Annual administration and progress report of the Indian Medical Department, Bombay
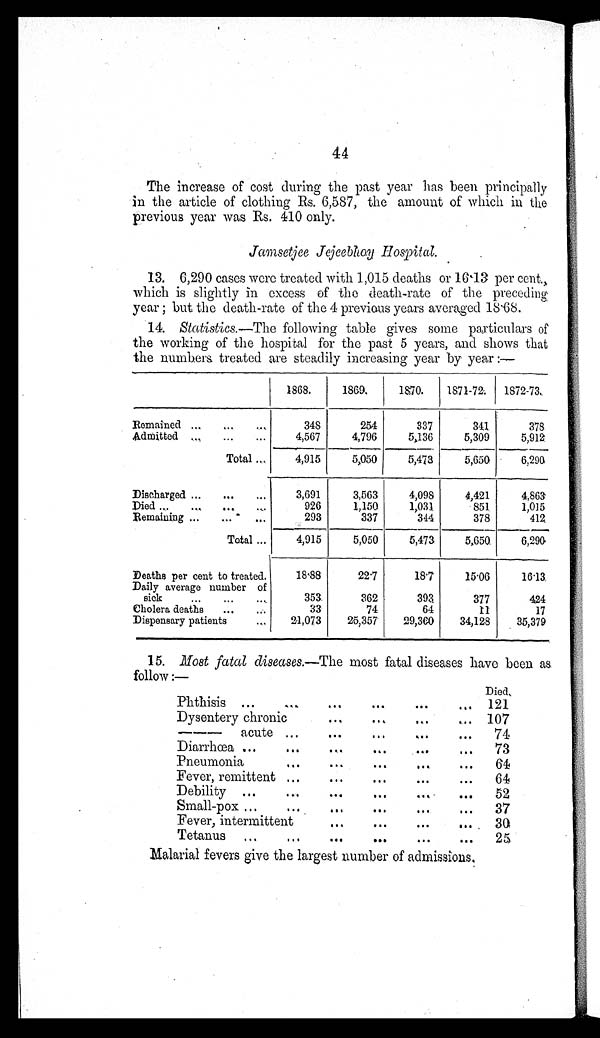
44
The increase of cost during the past year has been principally
in the article of clothing Rs. 6,587, the amount of which in
previous year was Rs. 410 only.
Jamsetjee Jejeebhoy Hospital.
13. 6,290 cases were treated with 1,015 deaths or 16.13 per cent.,
which is slightly in excess of the death-rate of the preceding
year; but the death-rate of the 4 previous years averaged 18.68.
14. Statistics.—The following table gives some particulars of
the working of the hospital for the past 5 years, and shows that
the numbers treated are steadily increasing year by year :—
1868.
1869.
1870.
1871-72.
1872-73.
Remained . . .
348
254
337
341
378
Admitted . . .
4,567
4,796
5,136
5,309
5,912
Total . . .
4,915
5,050
5,473
5,650
6,290
Discharged . . .
3,691
3,563
4,098
4,421
4,863
D i e d . . .
926
1,150
1,031
851
1,015
Remaining . . .
293
337
344
378
412
Total . . .
4,915
5,050
5,473
5,650
6,290
Deaths per cent to treated . . .
18.88
22.7
18.7
15.06
16.13
Daily average number of
sick . . .
353
362
393
377
424
Cholera deaths . . .
33
74
64
1 1
17
Dispensary patients . . .
21,073
25,357
29,360
34,128
35,379
15. Most fatal diseases.— The most fatal diseases have been as
follow:—
Phthisis . . .
Died.
121
Dysentery chronic . . .
107
———acute . . .
74
Diarrhœa . . .
73
Pneumonia . . .
64
Fever, remittent . . .
64
Debility . . .
52
Small-pox . . .
37
Fever, intermittent . . .
30
Tetanus . . .
25
Malarial fevers give the largest number of admissions.